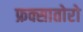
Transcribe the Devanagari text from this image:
फ्रक्सातोरो